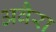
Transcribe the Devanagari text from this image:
अवैरा